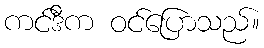
ကင်ဒီက ဝင်ပြောသည်။